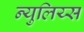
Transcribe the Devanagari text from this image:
न्युलिय्स